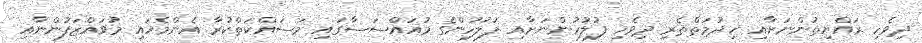
ދިވެހި ރައްޔިތުންނަށާއި ޚިދުމަތްތެރި ދިވެހި ފުލުހުންނަށާއި ފުލުހުންގެ މުއައްސަސާގައި މަސައްކަތްކުރާ އެންމެހައި މުވައްޒަފުންނާއި